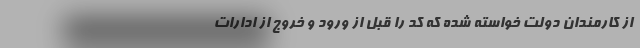
از کارمندان دولت خواسته شده که کد را قبل از ورود و خروج از ادارات